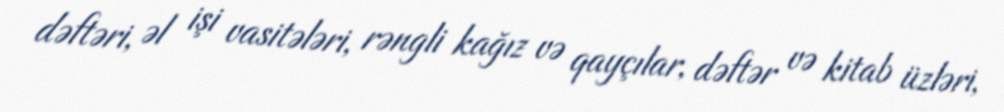
dəftəri, əl işi vasitələri, rəngli kağız və qayçılar, dəftər və kitab üzləri,